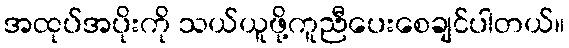
အထုပ်အပိုးကို သယ်ယူဖို့ကူညီပေးစေချင်ပါတယ်။